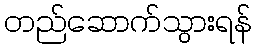
တည်ဆောက်သွားရန်